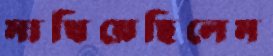
মাখিয়েছিলেম